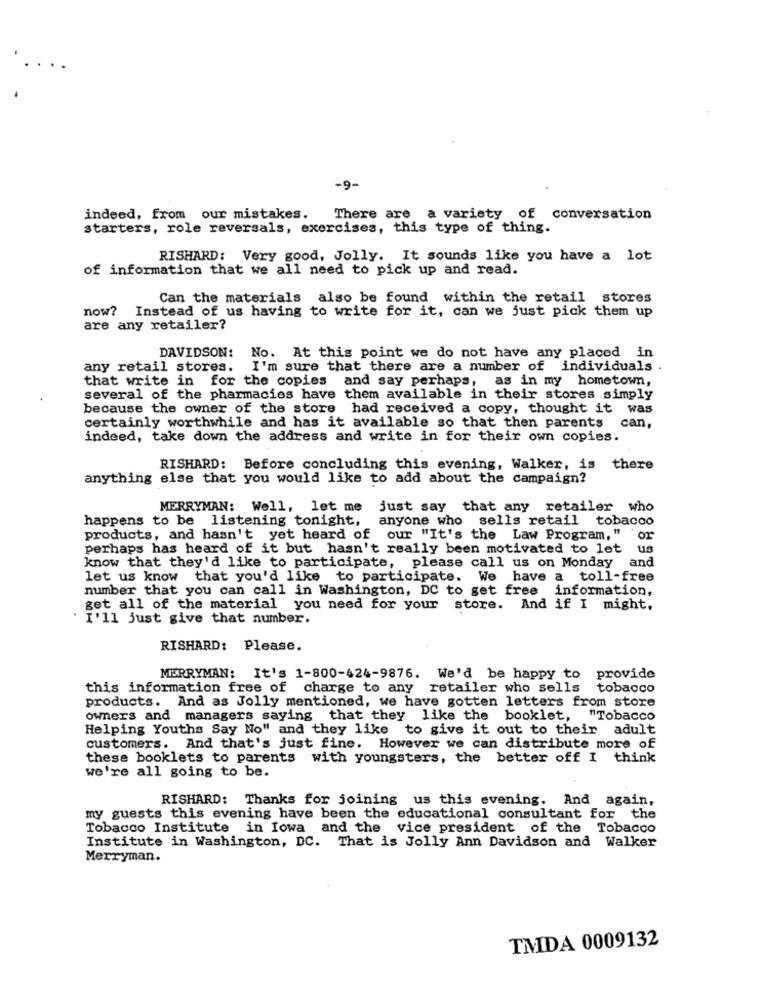
-9-
indeed, from our mistakes.
There are a variety of conversation
starters, role reversals, exercises, this type of thing.
RISHARD: Very good, Jolly. It sounds like you have a lot
of information that we all need to pick up and read.
Can the materials also be found within the retail stores
now? Instead of us having to write for it, can we just pick them up
are any retailer?
DAVIDSON:
No. At this point we do not have any placed in
any retail stores.
I'm sure that there are a number of individuals .
that write in for the copies and say perhaps, as in my hometown,
several of the pharmacies have them available in their stores simply
because the owner of the store had received a copy, thought it was
certainly worthwhile and has it available so that then parents
can,
indeed, take down the address and write in for their own copies.
RISHARD: Before concluding this evening, Walker, is there
anything else that you would like to add about the campaign?
MERRYMAN: Well, let me just say that any retailer who
happens to be listening tonight, anyone who
sells retail tobacco
products, and hasn't yet heard of our "It's the Law Program," or
perhaps has heard of it but hasn't really been motivated to let us
know that they'd like to participate, please call us on Monday and
let us know that you'd like to participate. We have a toll-free
number that you can call in Washington, DC to get free information,
get all of the material you need for your store. And if I might,
. I'll just give that number.
RISHARD: Please.
MERRYMAN: It's 1-800-424-9876. We'd be happy to provide
this information free of charge to any retailer who sells tobacco
products. And as Jolly mentioned, we have gotten letters from store
owners and managers saying that they like the booklet, "Tobacco
Helping Youths Say No" and they like to give it out to their adult
customers. And that's just fine. However we can distribute more of
these booklets to parents with youngsters, the better off I think
we're all going to be.
RISHARD: Thanks for joining us this evening. And again,
my guests this evening have been the educational consultant for the
Tobacco Institute in Iowa and the vice president of the Tobacco
Institute in Washington, DC. That is Jolly Ann Davidson and Walker
Merryman.
TMDA 0009132